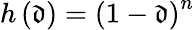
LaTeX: h\left(\mathfrak{d}\right)=\left(1-\mathfrak{d}\right)^{n}